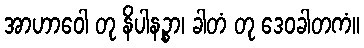
အာဟာဝေါ တု နိပါနဉ္စာ၊ ခါတံ တု ဒေဝခါတကံ။